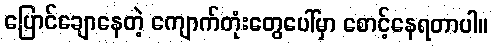
ပြောင်ချောနေတဲ့ ကျောက်တုံးတွေပေါ်မှာ စောင့်နေရတာပါ။